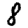
Digit: 8